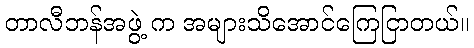
တာလီဘန်အဖွဲ့ က အများသိအောင်ကြေငြာတယ်။